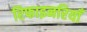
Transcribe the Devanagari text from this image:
रिफाइनरियाँ